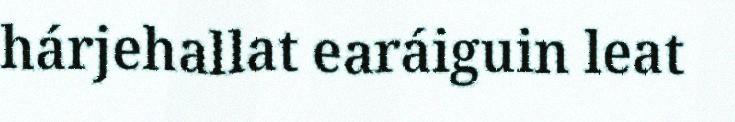
hárjehallat earáiguin leat